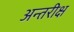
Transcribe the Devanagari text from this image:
अन्तरीक्ष